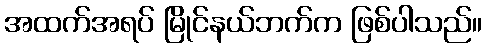
အထက်အရပ် မြိုင်နယ်ဘက်က ဖြစ်ပါသည်။